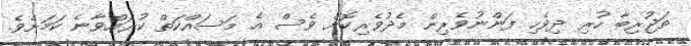
ތަޖުރިބާ ހުރި ދިވެހި ފަންނުވެރިން މެދުވެރިކޮށް ވެސް އެ މަސައްކަތް ކުރައްވާނެ ކަމަށެވެ.